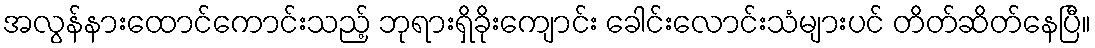
အလွန်နားထောင်ကောင်းသည့် ဘုရားရှိခိုးကျောင်း ခေါင်းလောင်းသံများပင် တိတ်ဆိတ်နေပြီ။